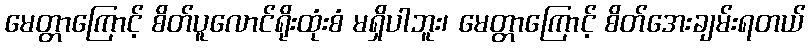
မေတ္တာကြောင့် စိတ်ပူလောင်ရိုးထုံးစံ မရှိပါဘူး၊ မေတ္တာကြောင့် စိတ်အေးချမ်းရတယ်